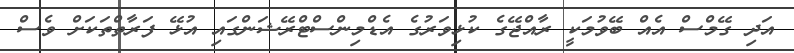
އަދި ގޭމްސް އެއް ބޭވުމަކީ ރާއްޖޭގެ ކުޅިވަރުގެ އެޑްމިންސްޓްރޭޝަންގައި އުޅޭ ފަރާތްތަކަށް ވެސް